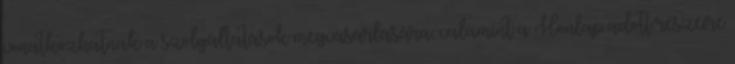
vonatkozhatnak a szolgáltatások megvásárlására, valamint a Honlap adott részeire